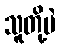
သူတို့ပဲ